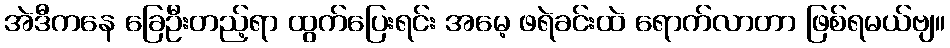
အဲဒီကနေ ခြေဦးတည့်ရာ ထွက်ပြေးရင်း အမေ့ ဖရဲခင်းထဲ ရောက်လာတာ ဖြစ်ရမယ်ဗျ။